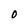
Character: O